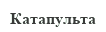
Катапульта